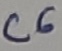
Text: C6